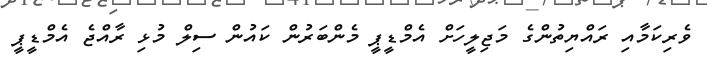
ވެރިކަމާއި ރައްޔިތުންގެ މަޖިލީހަށް އެމްޑީޕީ މެންބަރުން ކައުން ސިލް މުޅި ރާއްޖެ އެމްޑީޕީ